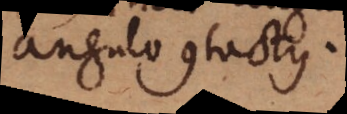
angulo contactus.